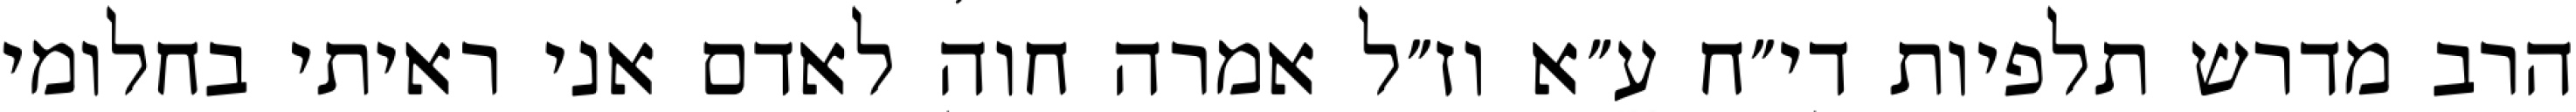
הרב מדרש תלפיות די״ח ע״א וז״ל אמרה חוה לאדם אני ראיתי בחלומי